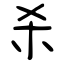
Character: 杀